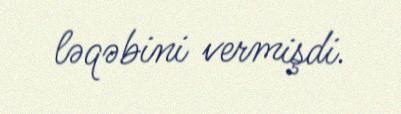
ləqəbini vermişdi.